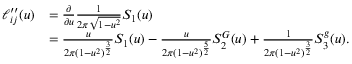
\begin{array} { r l } { \ell _ { i j } ^ { \prime \prime } ( u ) } & { = \frac { \partial } { \partial u } \frac { 1 } { 2 \pi \sqrt { 1 - u ^ { 2 } } } S _ { 1 } ( u ) } \\ & { = \frac { u } { 2 \pi ( 1 - u ^ { 2 } ) ^ { \frac { 3 } { 2 } } } S _ { 1 } ( u ) - \frac { u } { 2 \pi ( 1 - u ^ { 2 } ) ^ { \frac { 5 } { 2 } } } S _ { 2 } ^ { G } ( u ) + \frac { 1 } { 2 \pi ( 1 - u ^ { 2 } ) ^ { \frac { 3 } { 2 } } } S _ { 3 } ^ { g } ( u ) . } \end{array}